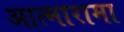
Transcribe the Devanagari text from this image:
आत्मारामा